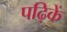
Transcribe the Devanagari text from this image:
पढ़िकें